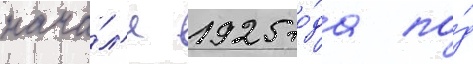
нача́л'е 1925 го́да по́д